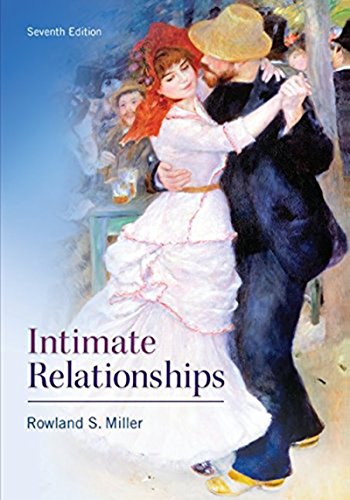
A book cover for Intimate Relationships; Rowland Miller; Medical Books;